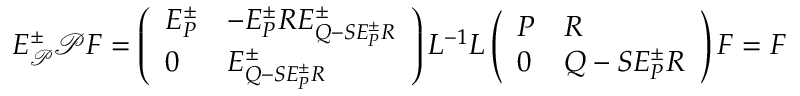
E _ { \mathcal { P } } ^ { \pm } \mathcal { P } F = \left( \begin{array} { l l } { E _ { P } ^ { \pm } } & { - E _ { P } ^ { \pm } R E _ { Q - S E _ { P } ^ { \pm } R } ^ { \pm } } \\ { 0 } & { E _ { Q - S E _ { P } ^ { \pm } R } ^ { \pm } } \end{array} \right) L ^ { - 1 } L \left( \begin{array} { l l } { P } & { R } \\ { 0 } & { Q - S E _ { P } ^ { \pm } R } \end{array} \right) F = F